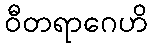
ဝီတရာဂေဟိ